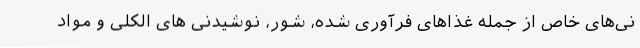
نی‌های خاص از جمله غذاهای فرآوری شده، شور، نوشیدنی های الکلی و مواد